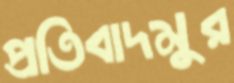
প্রতিবাদমুর